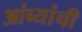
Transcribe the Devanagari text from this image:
आंब्यांची